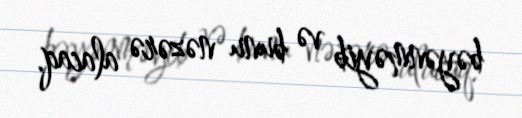
bəyənməyib və bunu nəzərə alacaq.